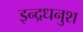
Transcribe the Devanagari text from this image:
इन्द्रधनुश